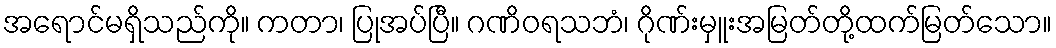
အရောင်မရှိသည်ကို။ ကတာ၊ ပြုအပ်ပြီ။ ဂဏိဝရသဘံ၊ ဂိုဏ်းမှူးအမြတ်တို့ထက်မြတ်သော။